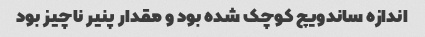
اندازه ساندویچ کوچک شده بود و مقدار پنیر ناچیز بود